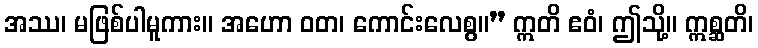
အဿ၊ မဖြစ်ပါမူကား။ အဟော ဝတ၊ ကောင်းလေစွ။” ဣတိ ဧဝံ၊ ဤသို့။ ဣစ္ဆတိ၊